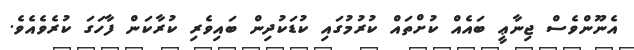
އެނޫންވެސް ޖިނާޢީ ބައެއް ކުށްތައް ކުރުމުގައި ކުޑަކުދިން ބައިވެރި ކުރާކަން ފާހަގަ ކުރެވެއެވެ.